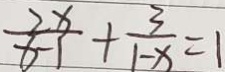
\frac { 2 x } { x - 1 } + \frac { 3 } { 1 - x } = 1